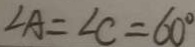
\angle A = \angle C = 6 0 ^ { \circ }